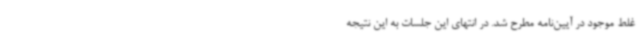
غلط موجود در آیین‌نامه مطرح شد. در انتهای این جلسات به این نتیجه